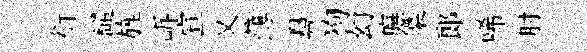
衍譴旌㟁宣乂薄鼻狗幻廡㮣郞唏肘